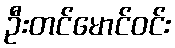
ဦးတင်မောင်ဝင်း